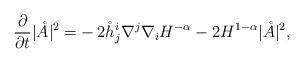
LaTeX: \begin{align*} \frac{\partial}{\partial t}|\mathring{A}|^2 =& -2\mathring{h}_j^i\nabla^j\nabla_iH^{-\alpha}-2H^{1-\alpha}|\mathring{A}|^2,\end{align*}